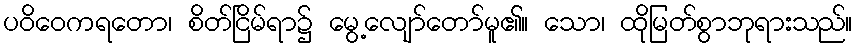
ပဝိဝေကရတော၊ စိတ်ငြိမ်ရာ၌ မွေ့လျော်တော်မူ၏။ သော၊ ထိုမြတ်စွာဘုရားသည်။